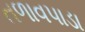
તળાવપાડા